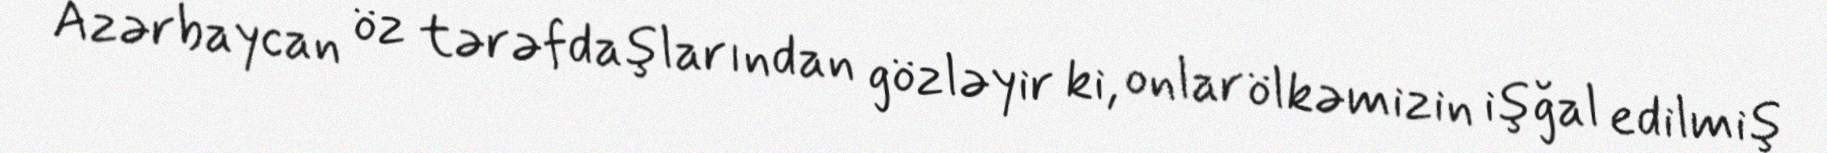
Azərbaycan öz tərəfdaşlarından gözləyir ki, onlar ölkəmizin işğal edilmiş